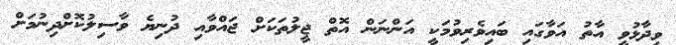
ވިދާޅުވީ އާތު އަވާގައި ބައިވެރިވުމަކީ އަންނަން އޮތް ޖީލުތަކަށް ޖައްވާއި ދުނިޔެ ވާސިލުކޮށްދިނުމަށް